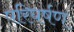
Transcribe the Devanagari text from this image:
परिघर्षण